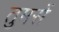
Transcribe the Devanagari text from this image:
तुमसें